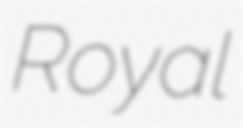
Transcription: Royal